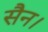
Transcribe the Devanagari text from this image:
सैन।